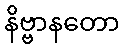
နိဗ္ဗာနတော